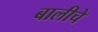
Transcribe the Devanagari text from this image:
बालीचे